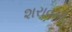
શરાવતી